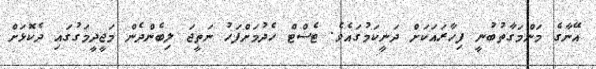
އޭނާގެ މަންމަގާތުބުނީ ފިހާރައަކަށް ދަނީކަމުގައެވެ. ޓެސްޓް ހެދުމަށްފަހު ނަތީޖަ ލިބެންދެން މަޖީދީމަގުގައި ދެކޮޅަށް